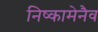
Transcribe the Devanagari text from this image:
निष्कामेनैव